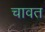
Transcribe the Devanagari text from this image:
चावत